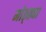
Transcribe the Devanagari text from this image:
मोठ्ठ्या